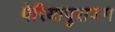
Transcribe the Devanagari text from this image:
पेरियापुराणम